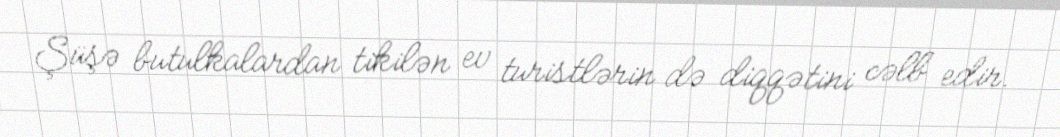
Şüşə butulkalardan tikilən ev turistlərin də diqqətini cəlb edir.